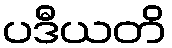
ပဒီယတိ